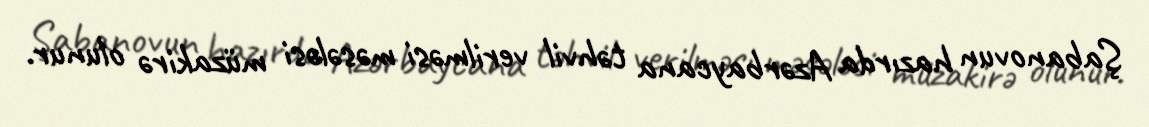
Şabanovun hazırda Azərbaycana təhvil verilməsi məsələsi müzakirə olunur.